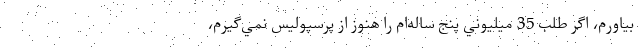
بياورم، اگر طلب 35 ميليوني پنج ساله‌ام را هنوز از پرسپوليس نمي‌گيرم،